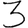
Digit: 3